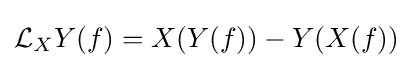
{\mathcal {L}}_{X}Y(f)=X(Y(f))-Y(X(f))